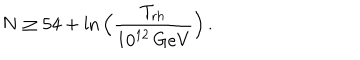
LaTeX: N \geq 5 4 + \ln \Big ( { \frac { T _ { \mathrm { r h } } } { 1 0 ^ { 1 2 } \, \mathrm { G e V } } } \Big ) \, .